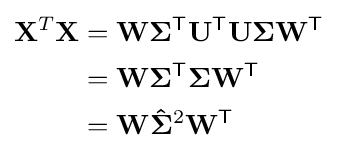
{\begin{aligned}\mathbf {X} ^{T}\mathbf {X} &=\mathbf {W} \mathbf {\Sigma } ^{\mathsf {T}}\mathbf {U} ^{\mathsf {T}}\mathbf {U} \mathbf {\Sigma } \mathbf {W} ^{\mathsf {T}}\\&=\mathbf {W} \mathbf {\Sigma } ^{\mathsf {T}}\mathbf {\Sigma } \mathbf {W} ^{\mathsf {T}}\\&=\mathbf {W} \mathbf {\hat {\Sigma }} ^{2}\mathbf {W} ^{\mathsf {T}}\end{aligned}}